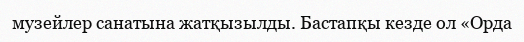
музейлер санатына жатқызылды. Бастапқы кезде ол «Орда